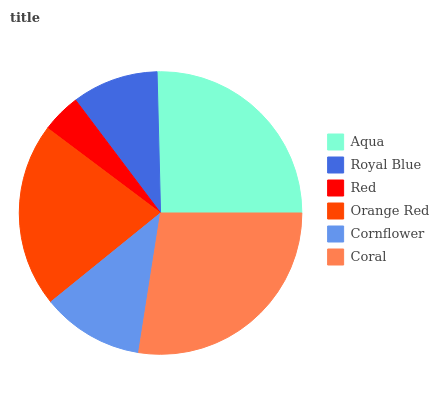
| Aqua | Royal Blue | Red | Orange Red | Cornflower | Coral |
 | --- | --- | --- | --- | --- | --- |
 | 25.5% | 9.86% | 4.49% | 21% | 11.7% | 27.5% |